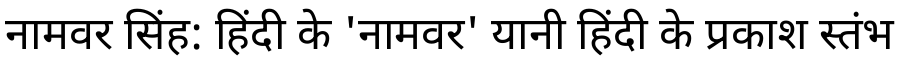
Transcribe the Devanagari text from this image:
नामवर सिंह: हिंदी के 'नामवर' यानी हिंदी के प्रकाश स्तंभ